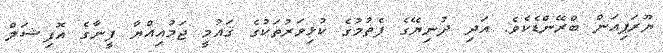
ޔޫރަޕިއަން ބްރޭންޑެކެވެ. އަދި ދުނިޔޭގެ ފެތުމުގެ ކުޅިވަރުތަކުގެ ޤައުމީ ޖަމުއިއްޔާ ފީނާގެ އޮފިޝަލް